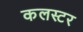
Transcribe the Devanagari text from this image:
कलस्टर